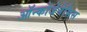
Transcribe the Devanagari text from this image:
ऑन्कोजेनेसिस